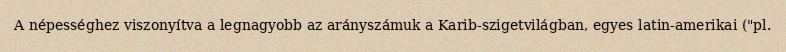
A népességhez viszonyítva a legnagyobb az arányszámuk a Karib-szigetvilágban, egyes latin-amerikai ("pl.